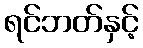
ရင်ဘတ်နှင့်